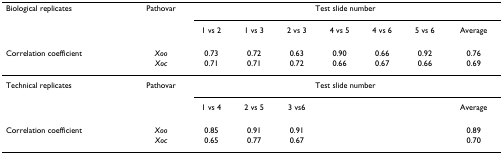
| Biological replicates | Pathovar | <COLSPAN=7> Test slide number |
 |  |  | 1 vs 2 | 1 vs 3 | 2 vs 3 | 4 vs 5 | 4 vs 6 | 5 vs 6 | Average |
 | --- | --- | --- | --- | --- | --- | --- | --- | --- |
 | Correlation coefficient | Xoo | 0.73 | 0.72 | 0.63 | 0.90 | 0.66 | 0.92 | 0.76 |
 |  | Xoc | 0.71 | 0.71 | 0.72 | 0.66 | 0.67 | 0.66 | 0.69 |
 | Technical replicates | Pathovar | <COLSPAN=7> Test slide number |
 |  |  | 1 vs 4 | 2 vs 5 | 3 vs6 |  |  |  | Average |
 | Correlation coefficient | Xoo | 0.85 | 0.91 | 0.91 |  |  |  | 0.89 |
 |  | Xoc | 0.65 | 0.77 | 0.67 |  |  |  | 0.70 |